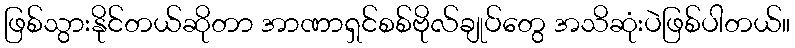
ဖြစ်သွားနိုင်တယ်ဆိုတာ အာဏာရှင်စစ်ဗိုလ်ချုပ်တွေ အသိဆုံးပဲဖြစ်ပါတယ်။